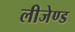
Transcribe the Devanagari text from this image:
लीजेण्ड